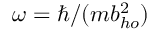
\omega = \hbar / ( m b _ { h o } ^ { 2 } )